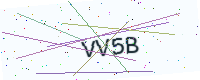
Text: VV5B